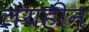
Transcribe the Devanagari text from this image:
लयहीन